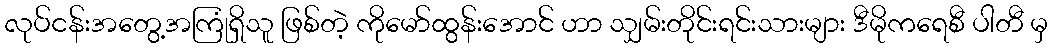
လုပ်ငန်းအတွေ့အကြုံရှိသူ ဖြစ်တဲ့ ကိုမော်ထွန်းအောင် ဟာ သျှမ်းတိုင်းရင်းသားများ ဒီမိုကရေစီ ပါတီ မှ